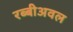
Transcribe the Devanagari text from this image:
रब्बीअवल